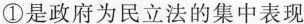
①是政府为民立法的集中表现